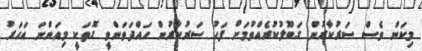
މިކަން ވެސް ސަރުކާރުން ގަބޫލުކުރެއްވުމަށް ފަހު ސަރުކާރުން ހައްދަވަންވީ ގޮތަކީ މިއަންނަ އަހަރު